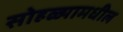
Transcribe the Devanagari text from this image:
सोहळ्यामधील